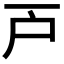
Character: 𢨥